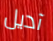
آديل